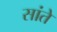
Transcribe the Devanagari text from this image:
सांते